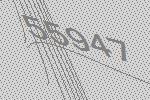
55947